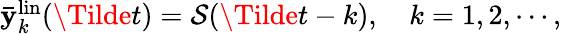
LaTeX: \begin{array}{r}{\bar{\mathbf{y}}_{k}^{\mathrm{lin}}(\Tilde{t})=\mathcal{S}(\Tilde{t}-k),\quad k=1,2,\cdots,}\end{array}